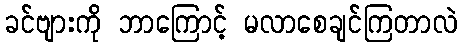
ခင်ဗျားကို ဘာကြောင့် မလာစေချင်ကြတာလဲ